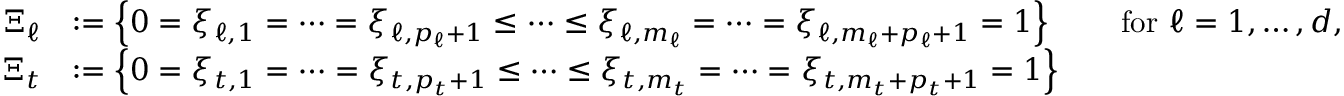
\begin{array} { r l r l } { \Xi _ { \ell } } & { : = \left\{ 0 = \xi _ { \ell , 1 } = \dots = \xi _ { \ell , p _ { \ell } + 1 } \leq \dots \leq \xi _ { \ell , m _ { \ell } } = \dots = \xi _ { \ell , m _ { \ell } + p _ { \ell } + 1 } = 1 \right\} } & & { \mathrm { f o r ~ } \ell = 1 , \ldots , d , } \\ { \Xi _ { t } } & { : = \left\{ 0 = \xi _ { t , 1 } = \dots = \xi _ { t , p _ { t } + 1 } \leq \dots \leq \xi _ { t , m _ { t } } = \dots = \xi _ { t , m _ { t } + p _ { t } + 1 } = 1 \right\} } \end{array}